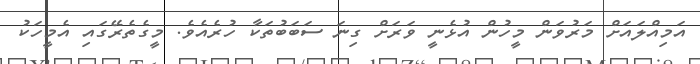
އަމިއްލައަށް މަރުވަން މީހުން އުޅެނީ ވަރަށް ގިނަ ސަބަބުތަކާ ހުރެއެވެ. މީގެތެރޭގައި އެމީހަކު